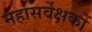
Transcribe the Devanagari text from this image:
महासर्वेक्षकों